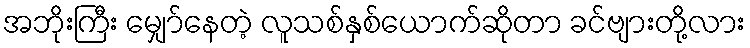
အဘိုးကြီး မျှော်နေတဲ့ လူသစ်နှစ်ယောက်ဆိုတာ ခင်ဗျားတို့လား